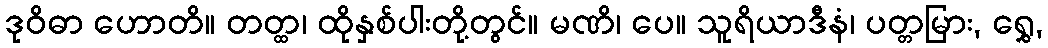
ဒုဝိဓာ ဟောတိ။ တတ္ထ၊ ထိုနှစ်ပါးတို့တွင်။ မဏိ၊ ပေ။ သူရိယာဒီနံ၊ ပတ္တမြား, ရွှေ,